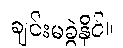
ချင်းမခွဲနိုင်။